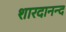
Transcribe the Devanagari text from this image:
शारदानन्द